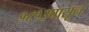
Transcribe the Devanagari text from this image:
१८१३पासून